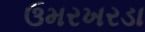
ઉમરખરડા